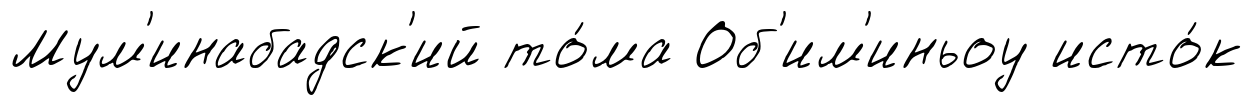
Мум'инабадск'ий то́ма Об'им'иньоу исто́к